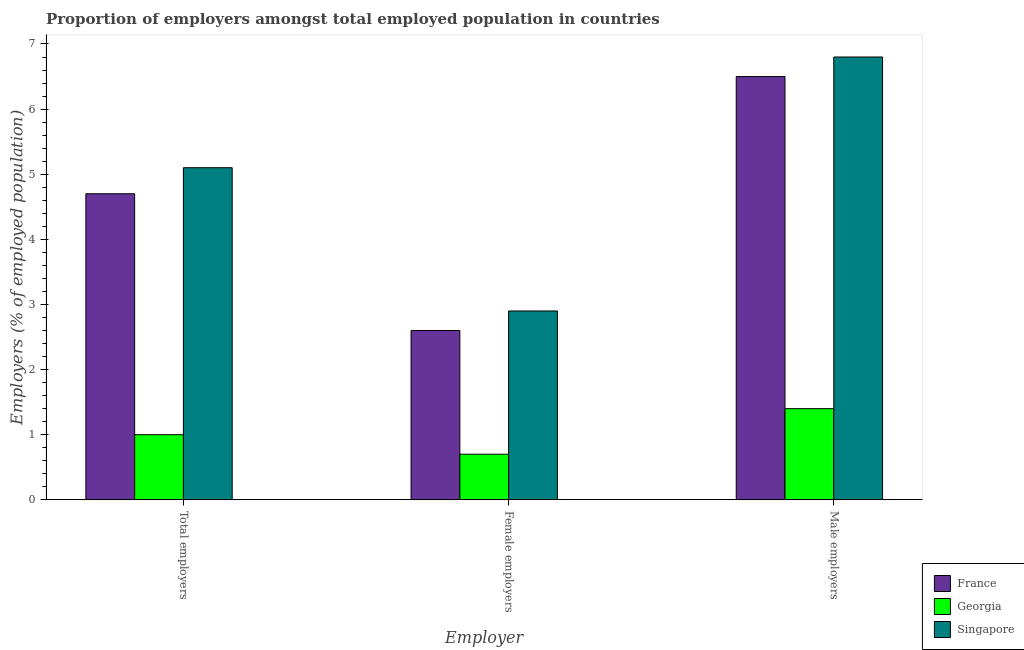
| Employer | France | Georgia | Singapore |
 | --- | --- | --- | --- |
 | Total employers | 4.7 | 1 | 5.1 |
 | Female employers | 2.6 | 0.7 | 2.9 |
 | Male employers | 6.5 | 1.4 | 6.8 |